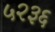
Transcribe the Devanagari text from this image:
५२३६